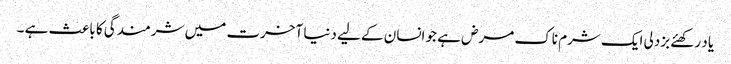
یا د رکھئے بزدلی ایک شرم ناک مرض ہے جو انسان کے لیے دنیا آخرت میں شرمندگی کا باعث ہے ۔